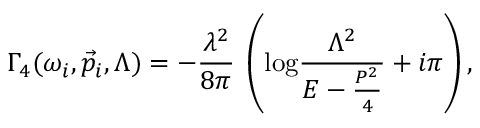
\Gamma _ { 4 } ( \omega _ { i } , \vec { p } _ { i } , \Lambda ) = - \frac { \lambda ^ { 2 } } { 8 \pi } \: \left( \mathrm { l o g } \frac { \Lambda ^ { 2 } } { E - \frac { P ^ { 2 } } { 4 } } + i \pi \right) ,